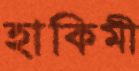
হাকিমী